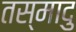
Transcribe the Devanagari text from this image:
तस्मादु